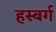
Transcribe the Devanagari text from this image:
हस्बर्ग